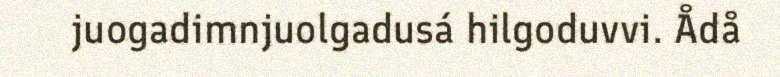
juogadimnjuolgadusá hilgoduvvi. Ådå